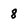
Character: 8